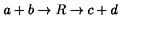
a + b \rightarrow R \rightarrow c + d